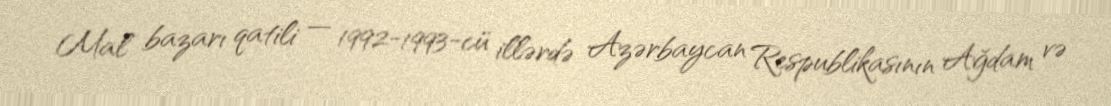
Mal bazarı qatili — 1992-1993-cü illərdə Azərbaycan Respublikasının Ağdam və